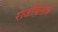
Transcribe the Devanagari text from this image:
राजचिन्हात